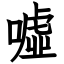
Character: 噓